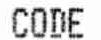
CODE